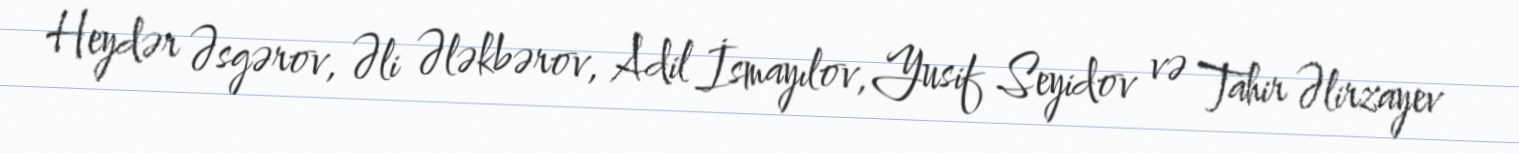
Heydər Əsgərov, Əli Ələkbərov, Adil İsmayılov, Yusif Seyidov və Tahir Əlirzayev